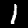
Digit: 1